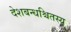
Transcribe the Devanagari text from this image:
देशबन्धश्चितस्य